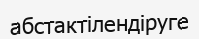
абстактілендіруге